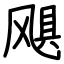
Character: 飓